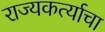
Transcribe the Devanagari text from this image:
राज्यकर्त्याचा